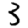
Digit: 3